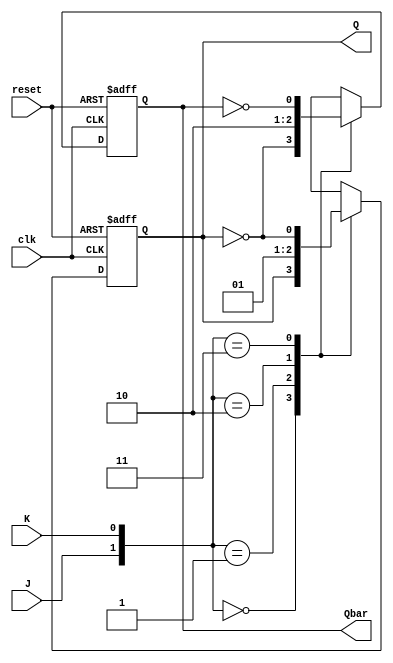
module jk_flipflop (
    input wire clk,
    input wire reset,
    input wire J,
    input wire K,
    output reg Q,
    output reg Qbar
);

always @(posedge clk or posedge reset) begin
    if (reset) begin
        Q <= 0;
        Qbar <= 1;
    end else begin
        case ({J, K})
            2'b00: begin // hold state
                Q <= Q;
                Qbar <= ~Q;
            end
            2'b01: begin // reset
                Q <= 0;
                Qbar <= 1;
            end
            2'b10: begin // set
                Q <= 1;
                Qbar <= 0;
            end
            2'b11: begin // toggle
                Q <= ~Q;
                Qbar <= ~Qbar;
            end
            default: begin
                Q <= Q;
                Qbar <= ~Q;
            end
        endcase
    end
end

endmodule